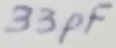
Text: 33pF